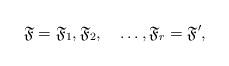
LaTeX: \begin{align*}\mathfrak{F}=\mathfrak{F}_1,\mathfrak{F}_2,\quad\ldots,\mathfrak{F}_r=\mathfrak{F}',\end{align*}